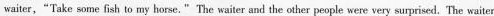
waiter,"Take some fish to my horse."The waiter and the other people were very surprised.The waiter